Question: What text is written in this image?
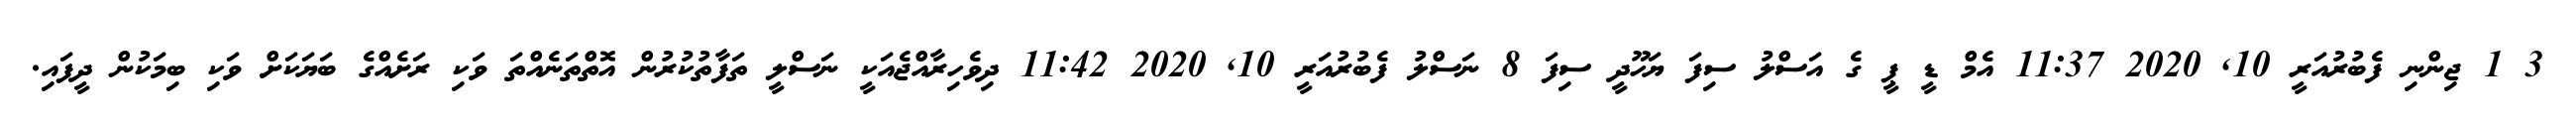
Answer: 3 1 ޖިންނި ފެބުރުއަރީ 10, 2020 11:37 އެމް ޑީ ޕީ ގެ އަސްލު ސިފަ ޔަހޫދީ ސިފަ 8 ނަސްލު ފެބުރުއަރީ 10, 2020 11:42 ދިވެހިރާއްޖެއަކީ ނަސްލީ ތަފާތުކުރުން އޮތްތަނެއްތަ ވަކި ރަށެއްގެ ބަޔަކަށް ވަކި ބިމަކުން ދީފައި.